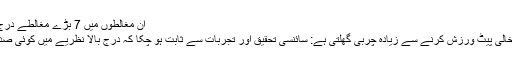
ان مغالطوں میں 7 بڑے مغالطے درج ذیل ہیں:
1: صبح خالی پیٹ ورزش کرنے سے زیادہ چربی گھلتی ہے: سائنسی تحقیق اور تجربات سے ثابت ہو چکا کہ درج بالا نظریے میں کوئی صداقت نہیں۔